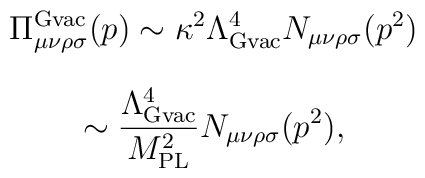
\Pi^{\rm {\rm Gvac}}_{\mu\nu\rho\sigma}(p)\sim\kappa^2\Lambda_{{\rm Gvac}}^4N_{\mu\nu\rho\sigma}(p^2)$$ $$\sim\frac{\Lambda_{{\rm Gvac}}^4}{M^2_{\rm PL}}N_{\mu\nu\rho\sigma}(p^2),